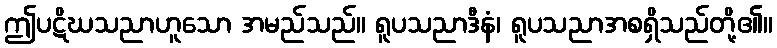
ဤပဋိဃသညာဟူသော အမည်သည်။ ရူပသညာဒီနံ၊ ရူပသညာအစရှိသည်တို့၏။